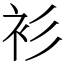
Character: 衫